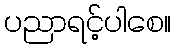
ပညာရင့်ပါစေ။